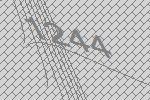
1244